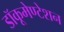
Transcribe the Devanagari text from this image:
डॉकूमेण्टेशन